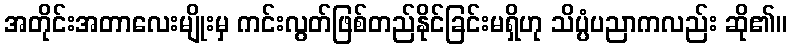
အတိုင်းအတာလေးမျိုးမှ ကင်းလွတ်ဖြစ်တည်နိုင်ခြင်းမရှိဟု သိပ္ပံပညာကလည်း ဆို၏။